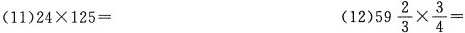
(11)$$24 \times 125=$$ (12) $$59 \frac{2}{3} \times \frac{3}{4}=$$